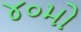
૪૦મો